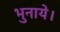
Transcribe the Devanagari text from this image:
भुनाये।